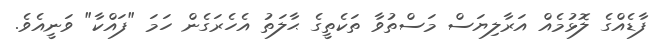
ފާޑެއްގެ ލޮޅުމެއް އަރާލިޔަސް މަސްތުވާ ތަކެތީގެ ޙާލަތު އެހެރަގެން ހަމަ "ފައްކާ" ވަނީއެވެ.